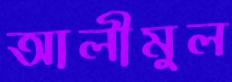
আলীমুল